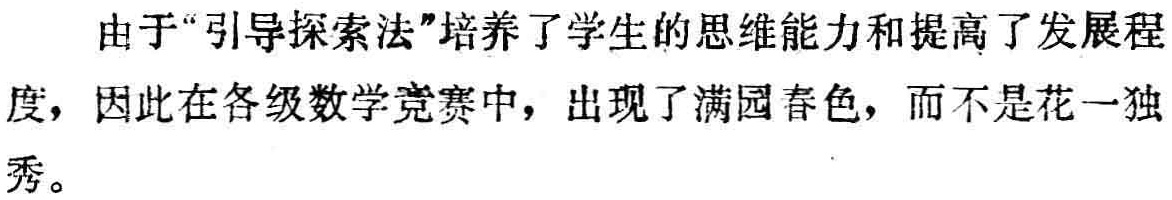
由于“引导探索法”培养了学生的思维能力和提高了发展程度，因此在各级数学竞赛中，出现了满园春色，而不是花一独秀。